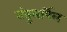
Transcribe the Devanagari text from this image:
तंतुसर्पिल